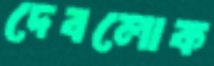
দেবলোক